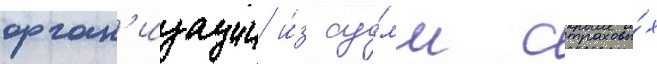
орган'изации и́з су́мм страховы́х